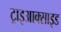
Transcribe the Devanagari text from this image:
ट्राइआक्साइड